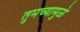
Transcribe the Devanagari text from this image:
तुमच्यामुळे